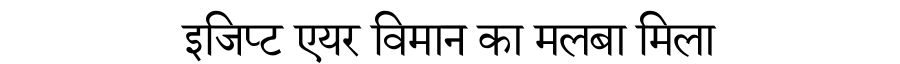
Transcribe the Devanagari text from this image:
इजिप्ट एयर विमान का मलबा मिला